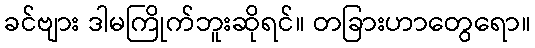
ခင်ဗျား ဒါမကြိုက်ဘူးဆိုရင်။ တခြားဟာတွေရော။